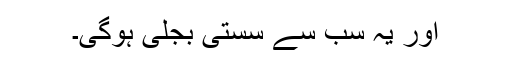
اور یہ سب سے سستی بجلی ہوگی۔